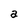
Character: a